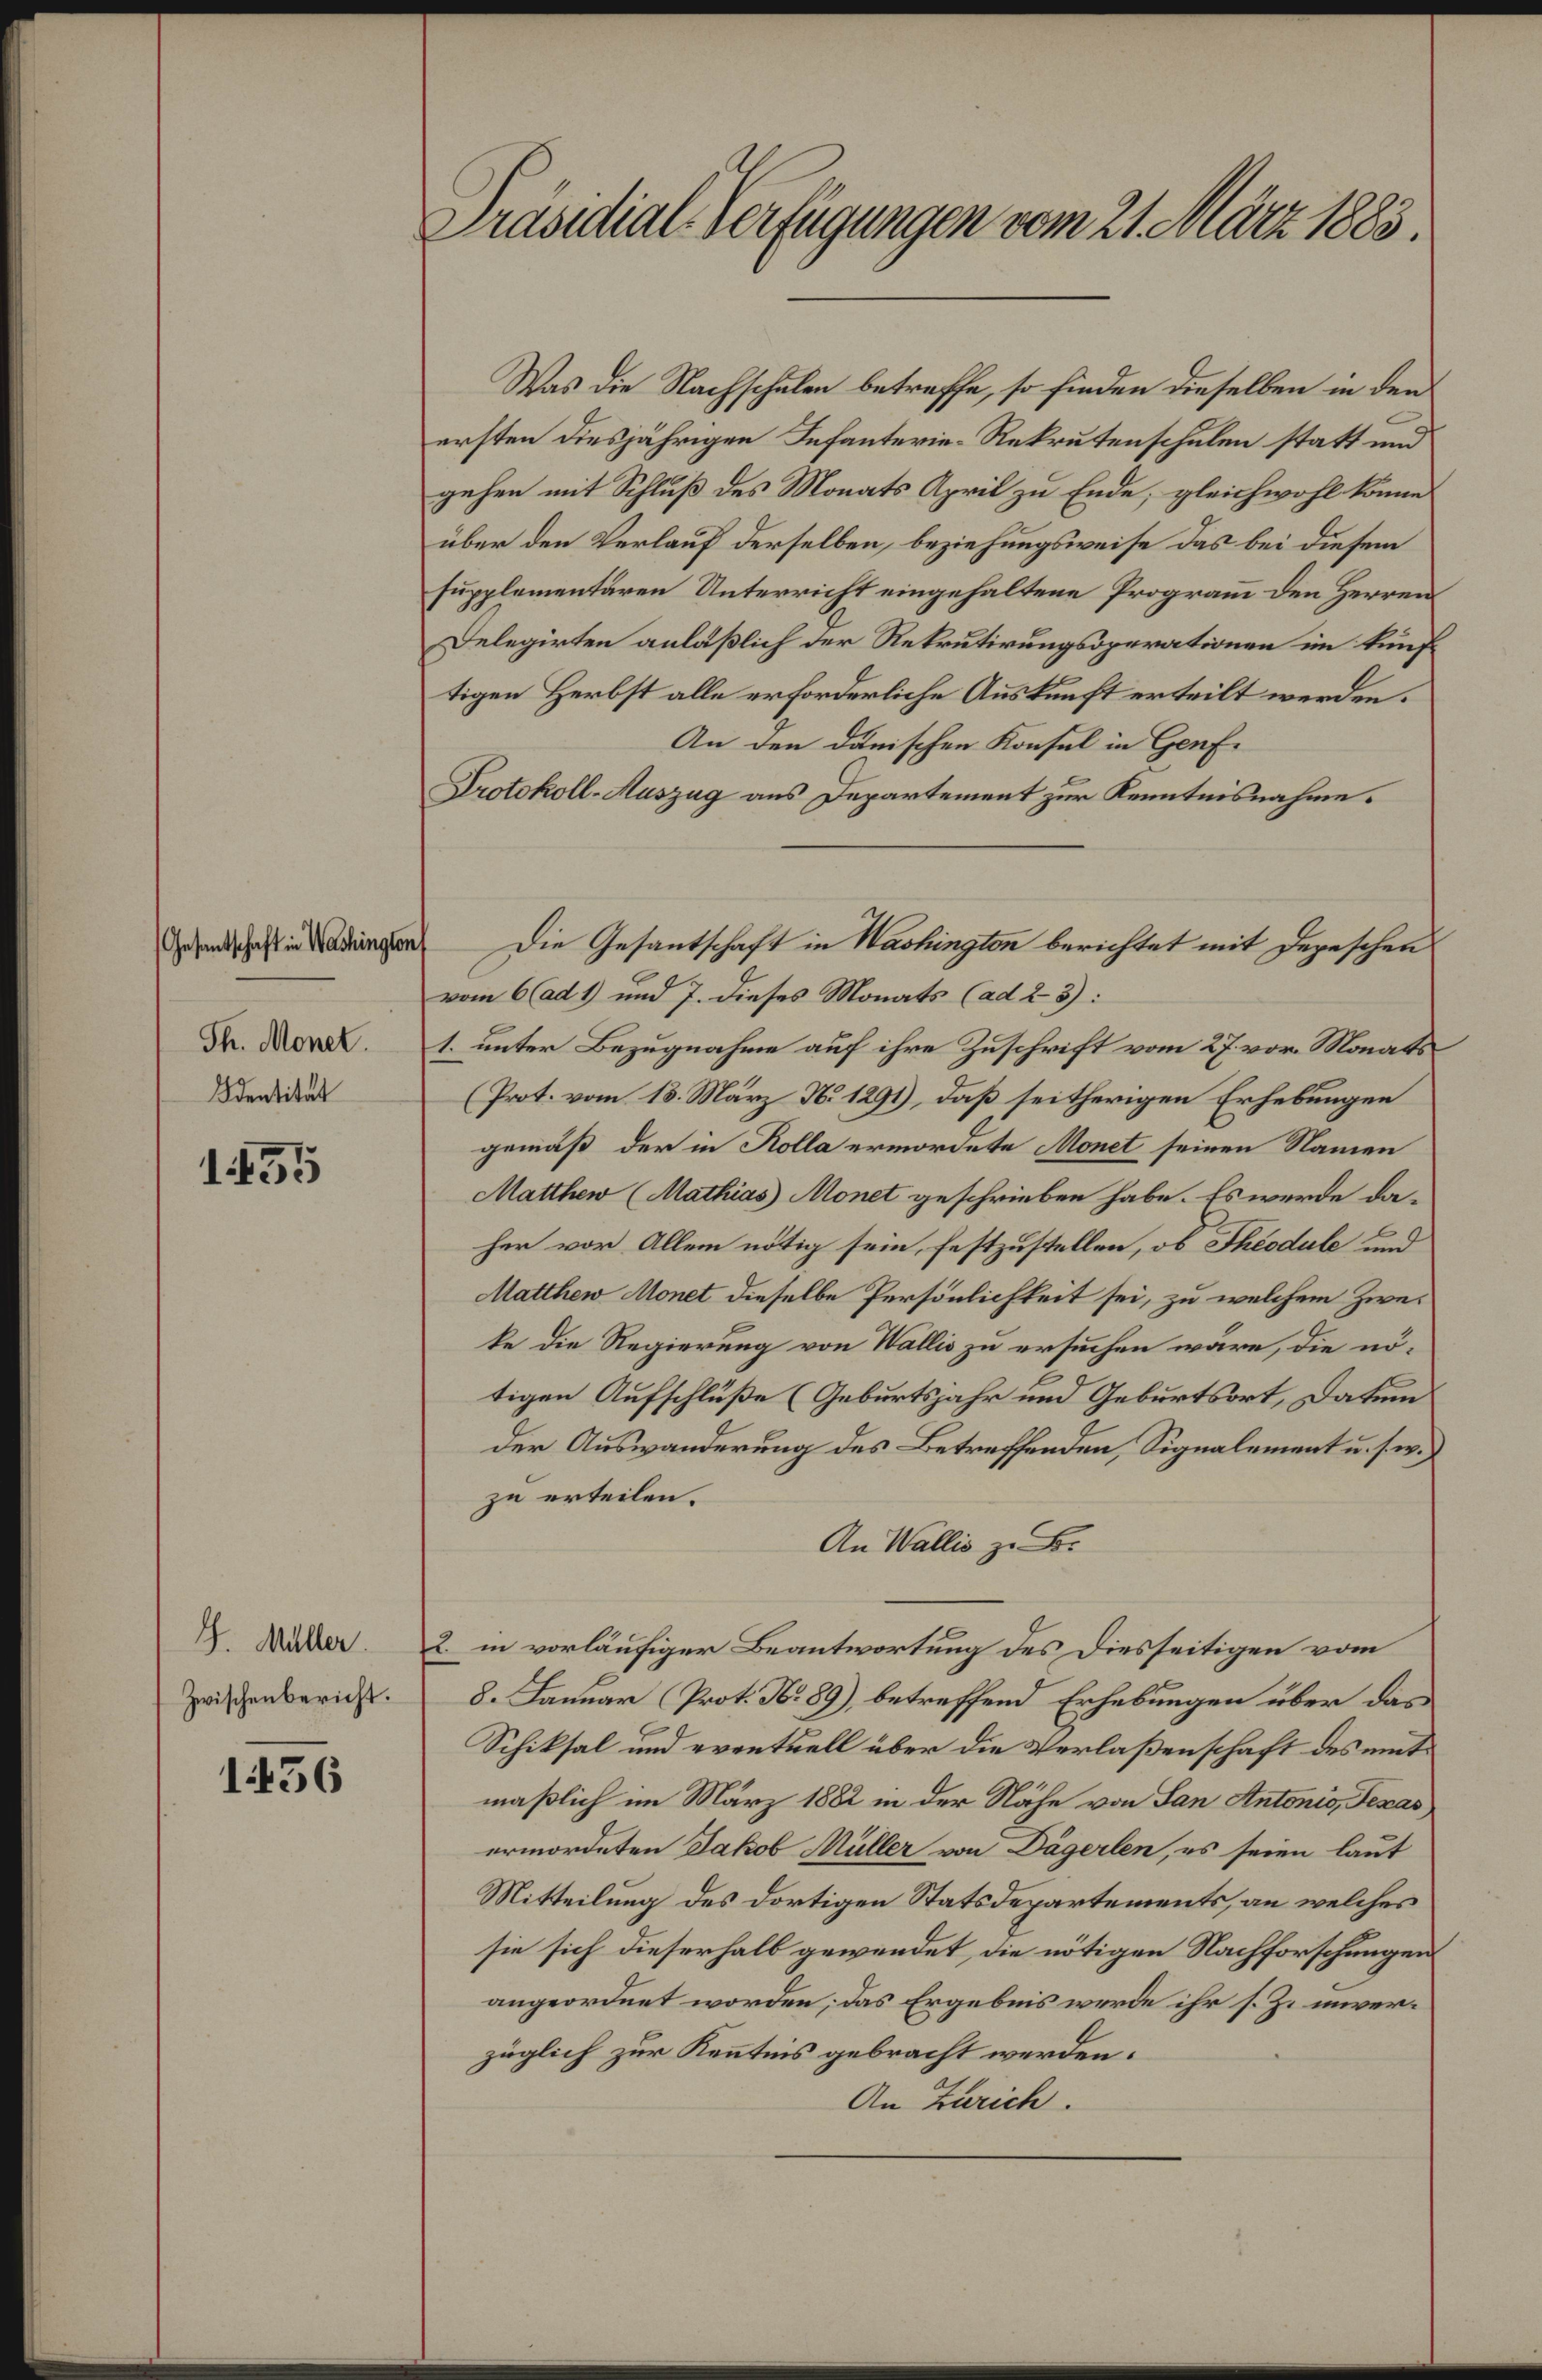
Gesantschaft in Washington
Th. Monet.
Identität

155

G. Müller.
Zwischenbericht.

1456

Präsidial-Verfügungen vom 21. März 1883.

Was die Nachschulen betreffe, so finden dieselben in den
ersten diesjährigen Infanterie-Rekrutenschulen statt und
gehen mit Schluß des Monats April zu Ende; gleichwohl könne
über den Verlauf derselben, beziehungsweise das bei diesem
supplementaren Unterricht eingehaltene Programm den Herren
Delegirten anläßlich der Rekrutirungsoperationen im künftigen Herbst alle erforderliche Auskunft erteilt werden.
An den dänischen Konsul in Genf.
Protokoll-Auszug aus Departement zur Kenntnisnahme.
vom 6 (ad 1) und 7. dieses Monats (ad 23):
1. unter Bezugnahme auf ihre Zuschrift vom 27. vor. Monats
(Prot. vom 13. März No 1291), daß seitherigen Erhebungen
gemäß der in Kolla ermordete Monet seinen Namen
Matthew (Mathias Monet geschrieben habe. Es werde da-
her vor Allem nötig sein, festzustellen, ob Theodule und
Matthew Monet dieselbe Persönlichkeit sei, zu welchem Zwei
ke die Regierung von Wallis zu ersuchen wäre, die nö-
tigen Aufschlüße (Geburtsjahr und Geburtsort, Datum
der Auswanderung des Betreffenden, Signalement u. s. w.
zu erteilen.
An Wallis z. B.
2. in vorläufiger Beantwortung des Diesseitigen vom
8. Januar (Prot. No 89), betreffend Erhebungen über das
Schiksal und eventuell über die Verlaßenschaft des mitmäßlich im März 1882 in der Nähe von San Antonio, Texas,
ermordeten Jakob Müller von Dägerlen, es seien laut
Mitteilung des dortigen Statsdepartements, an welches
sie sich dieserhalb gewendet, die nötigen Nachforschungen
angeordnet worden; das Ergebnis werde ihr s. Z. unverzüglich zur Kenntnis gebracht werden.
An Zürich.

Die Gesantschaft in Washingten berichtet mit Depeschen